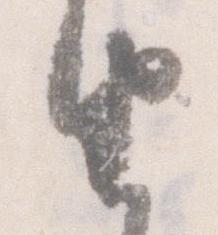
由